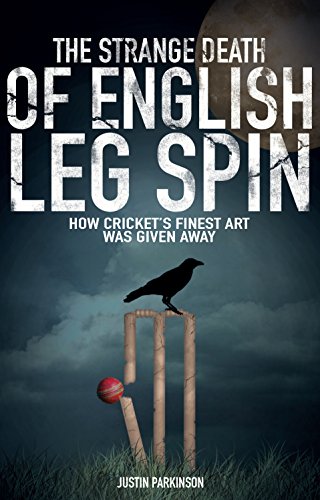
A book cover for The Strange Death of English Leg Spin: How Cricket's Finest Art Was Given Away; Justin Parkinson; Sports & Outdoors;